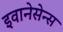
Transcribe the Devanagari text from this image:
इवानेसेन्स